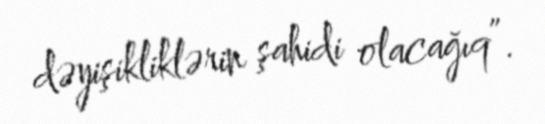
dəyişikliklərin şahidi olacağıq”.